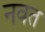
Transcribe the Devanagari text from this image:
नवत